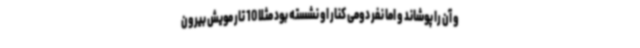
و آن را پوشاند و اما نفر دومی کنار او نشسته بود مثلا 10 تار مویش بیرون